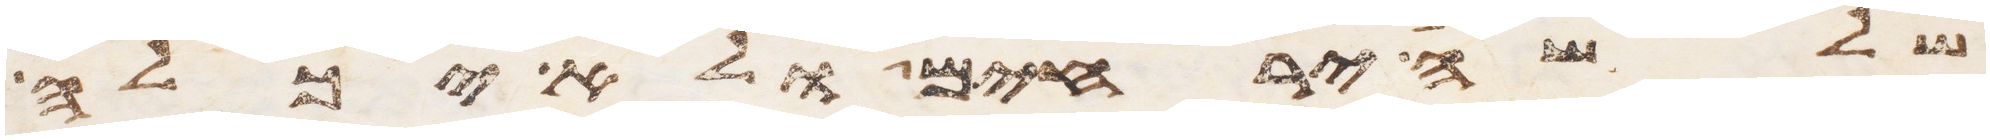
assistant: שלשה ירחים ולא יכלה